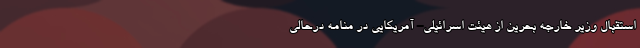
استقبال وزیر خارجه بحرین از هیئت اسرائیلی- آمریکایی در منامه درحالی